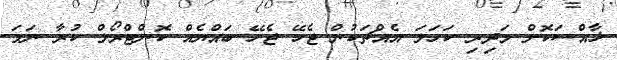
ޚާއްސަކޮށް މަދިރި ކަހަލަ އެއްޗަކުން ޖެހޭ ޖެހޭ ބައްޔެއް ކޮންޓްރޯލް ކުރާ ނަމަ